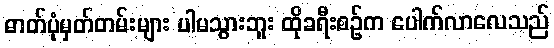
ဓာတ်ပုံမှတ်တမ်းများ ပါမသွားဘူး ထိုခရီးစဉ်က ပေါက်လာလေသည်